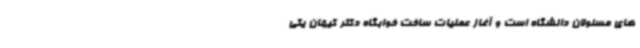
های مسئولان دانشگاه است و آغاز عملیات ساخت خوابگاه دکتر کیهان یکی